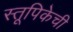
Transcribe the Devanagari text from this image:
स्तूपिकेची